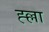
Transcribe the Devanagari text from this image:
ह्ल्ला